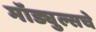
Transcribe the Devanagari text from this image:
मॉड्युल्सचे